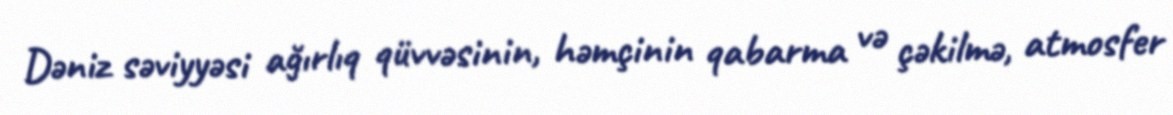
Dəniz səviyyəsi ağırlıq qüvvəsinin, həmçinin qabarma və çəkilmə, atmosfer